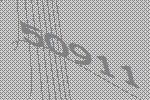
50911